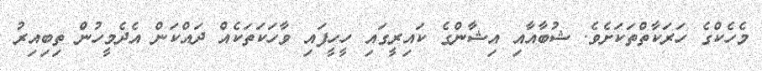
މެހެކްގެ ހަރަކާތްތަކަށެވެ. ޝުބާއާއި އިޝާންގެ ކައިރީގައި ހީހީފައި ވާހަކަތަކެއް ދައްކަން އެދެމީހުން ތިބިއިރު